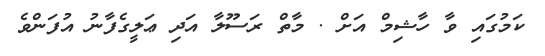
ކަމުގައި ވާ ހާޝިމް އަށް . މާތް ރަސޫލާ އަދި ޢަލީގެފާނު އުފަންވެ